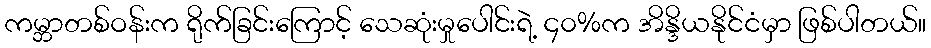
ကမ္ဘာတစ်ဝန်းက ရိုက်ခြင်းကြောင့် သေဆုံးမှုပေါင်းရဲ့ ၄၀%က အိန္ဒိယနိုင်ငံမှာ ဖြစ်ပါတယ်။